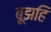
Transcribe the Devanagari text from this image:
बूझहि